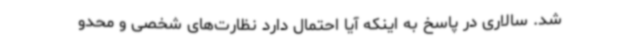
شد. سالاری در پاسخ به اینکه آیا احتمال دارد نظارت‌های شخصی و محدو